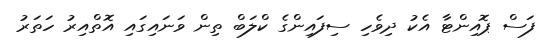
ފަސް ޕޮއިންޓާ އެކު ދިވެހި ސިފައިންގެ ކްލަބް ތިން ވަނައިގައި އޮތްއިރު ހަތަރު